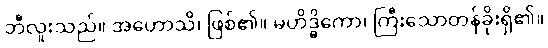
ဘီလူးသည်။ အဟောသိ၊ ဖြစ်၏။ မဟိဒ္ဓိကော၊ ကြီးသောတန်ခိုးရှိ၏။